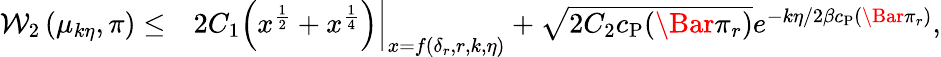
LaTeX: \begin{array}{rl}{\mathcal{W}_{2}\left(\mu_{k\eta},\pi\right)\le}&{2C_{1}\left.\left(x^{\frac{1}{2}}+x^{\frac{1}{4}}\right)\right|_{x=f(\delta_{r},r,k,\eta)}+\sqrt{2C_{2}c_{\mathrm{P}}(\Bar{\pi}_{r})}e^{-k\eta/2\beta c_{\mathrm{P}}\left(\Bar{\pi}_{r}\right)},}\end{array}